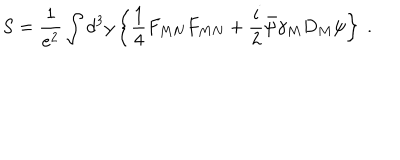
LaTeX: S = \frac { 1 } { e ^ { 2 } } \int d ^ { 3 } y \left\{ \frac { 1 } { 4 } F _ { M N } F _ { M N } + \frac { i } { 2 } \bar { \psi } \gamma _ { M } D _ { M } \psi \right\} \ .